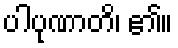
ပါပုဏာတိ၊ ၏။